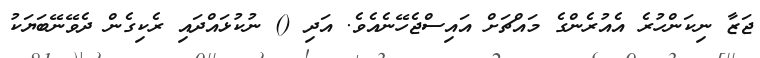
ޖަޒާ ނިކަންހުރެ އެއުރެންގެ މައްޗަށް އައިސްޖެހޭނެއެވެ. އަދި () ނުކުޅައްދައި ރެކިގެން ދެވޭނޭބަޔަކު